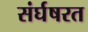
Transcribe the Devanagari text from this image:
संर्घषरत